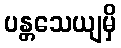
ပန္တသေယျမှိ